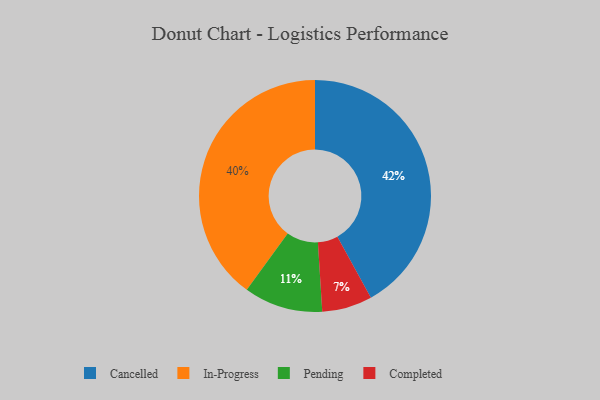
{"axis": {"x": "Category", "y": "Percentage"}, "legend": ["Cancelled", "Completed", "In-Progress", "Pending"], "data": [{"x": "Pending", "y": 11, "type": "Pending"}, {"x": "In-Progress", "y": 40, "type": "In-Progress"}, {"x": "Cancelled", "y": 42, "type": "Cancelled"}, {"x": "Completed", "y": 7, "type": "Completed"}]}